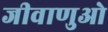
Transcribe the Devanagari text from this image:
जीवाणुओ